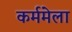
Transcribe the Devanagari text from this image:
कर्ममेला